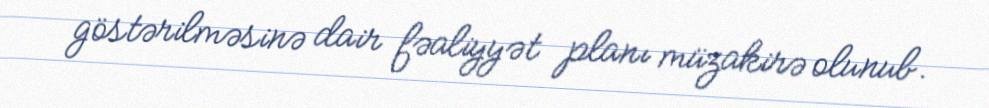
göstərilməsinə dair fəaliyyət planı müzakirə olunub.